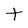
Character: t